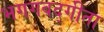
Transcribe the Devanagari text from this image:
भगगवद्गीता